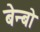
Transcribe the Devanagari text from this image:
बेन्बो